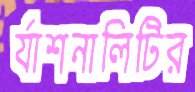
র‍্যাশনালিটির